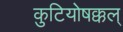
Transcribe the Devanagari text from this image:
कुटियोषक्कल्